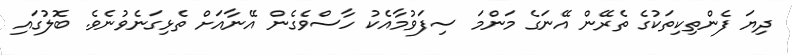
ދިޔަ ފެންތިކިތަކުގެ ތެރޭން އޭނަގެ މަންމަ ސިފަވުމާއެކު ހާސްވެގެން އޭނާއަށް ތެޅިގަނެވުނެވެ. ބޮލުގައި